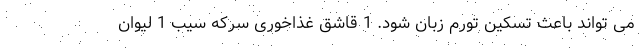
می تواند باعث تسکین تورم زبان شود. 1 قاشق غذاخوری سرکه سیب 1 لیوان